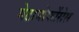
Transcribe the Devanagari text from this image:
मेटामोर्फोसेस